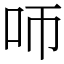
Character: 𠯗